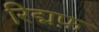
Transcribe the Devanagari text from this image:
रिद्मफ़